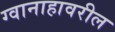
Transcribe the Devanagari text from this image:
ग्वानाहावरील